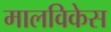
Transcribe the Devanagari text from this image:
मालविकेस